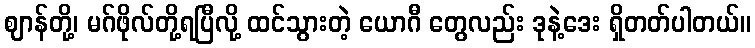
ဈာန်တို့၊ မဂ်ဖိုလ်တို့ရပြီလို့ ထင်သွားတဲ့ ယောဂီ တွေလည်း ဒုနဲ့ဒေး ရှိတတ်ပါတယ်။